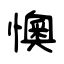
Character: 懊